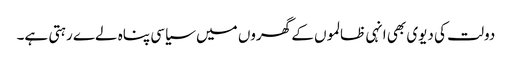
دولت کی دیوی بھی انہی ظالموں کے گھروں میں سیاسی پناہ لےے رہتی ہے۔